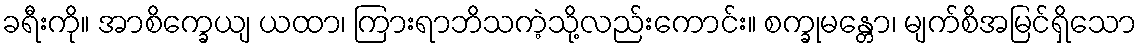
ခရီးကို။ အာစိက္ခေယျ ယထာ၊ ကြားရာဘိသကဲ့သို့လည်းကောင်း။ စက္ခုမန္တော၊ မျက်စိအမြင်ရှိသော